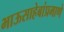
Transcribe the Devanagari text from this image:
भाऊसाहेबांप्रमाणे